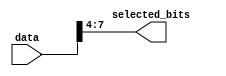
module PartSelectContinuousAssignment (
    input wire [15:0] data, // 16-bit input vector
    output wire [3:0] selected_bits // 4-bit output vector
);

// Continuous assignment using part select
assign selected_bits = data[7:4]; // Assign bits 7 to 4 of 'data' to 'selected_bits'

endmodule